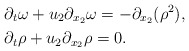
\begin{align*}&\partial_t \omega + u_2 \partial_{x_2} \omega = -\partial_{x_2} (\rho^2), \\&\partial_t \rho + u_2 \partial_{x_2} \rho =0.\end{align*}